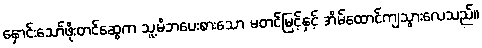
နှောင်းသော်ဖိုးတင်ဆွေက သူ့မိဘပေးစားသော မတင်မြင့်နှင့် အိမ်ထောင်ကျသွားလေသည်။